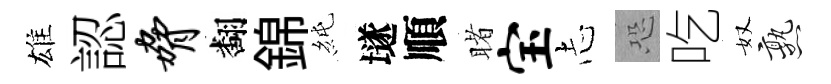
雄認胁翻錦純𡑞順睹宝𢖽恐吃奴熟